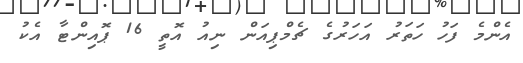
އެންމެ ފަހު ހަތަރު އަހަރުގެ ޗެމްޕިއަން ނިއު އޮތީ 16 ޕޮއިންޓާ އެކު